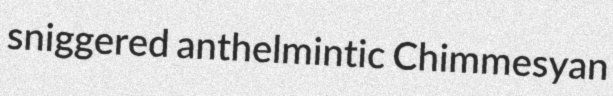
sniggered anthelmintic Chimmesyan